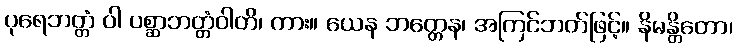
ပုရေဘတ္တံ ဝါ ပစ္ဆာဘတ္တံဝါတိ၊ ကား။ ယေန ဘတ္တေန၊ အကြင်ဘတ်ဖြင့်။ နိမန္တိတော၊